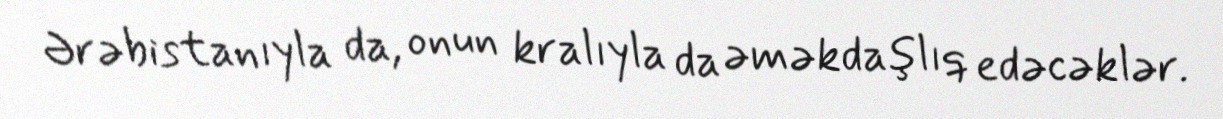
Ərəbistanıyla da, onun kralıyla da əməkdaşlıq edəcəklər.